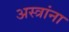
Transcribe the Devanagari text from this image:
अस्त्रांना